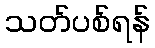
သတ်ပစ်ရန်